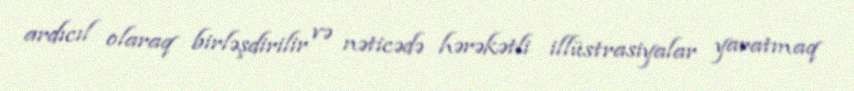
ardıcıl olaraq birləşdirilir və nəticədə hərəkətli illüstrasiyalar yaratmaq